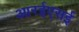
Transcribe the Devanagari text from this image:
आरईएसई